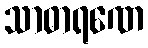
သာဓာရဏေ